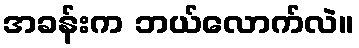
အခန်းက ဘယ်လောက်လဲ။